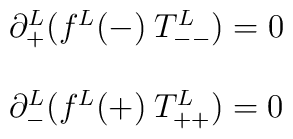
\begin{array}{ll}\partial_+^L(f^L(-)\:T_{--}^L) = 0\\\\\partial_-^L(f^L(+)\:T_{++}^L) = 0\end{array}